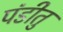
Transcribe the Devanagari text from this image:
पंडीतु